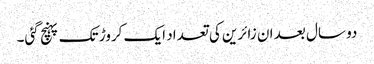
دو سال بعد ان زائرین کی تعداد ایک کروڑ تک پہنچ گئی۔